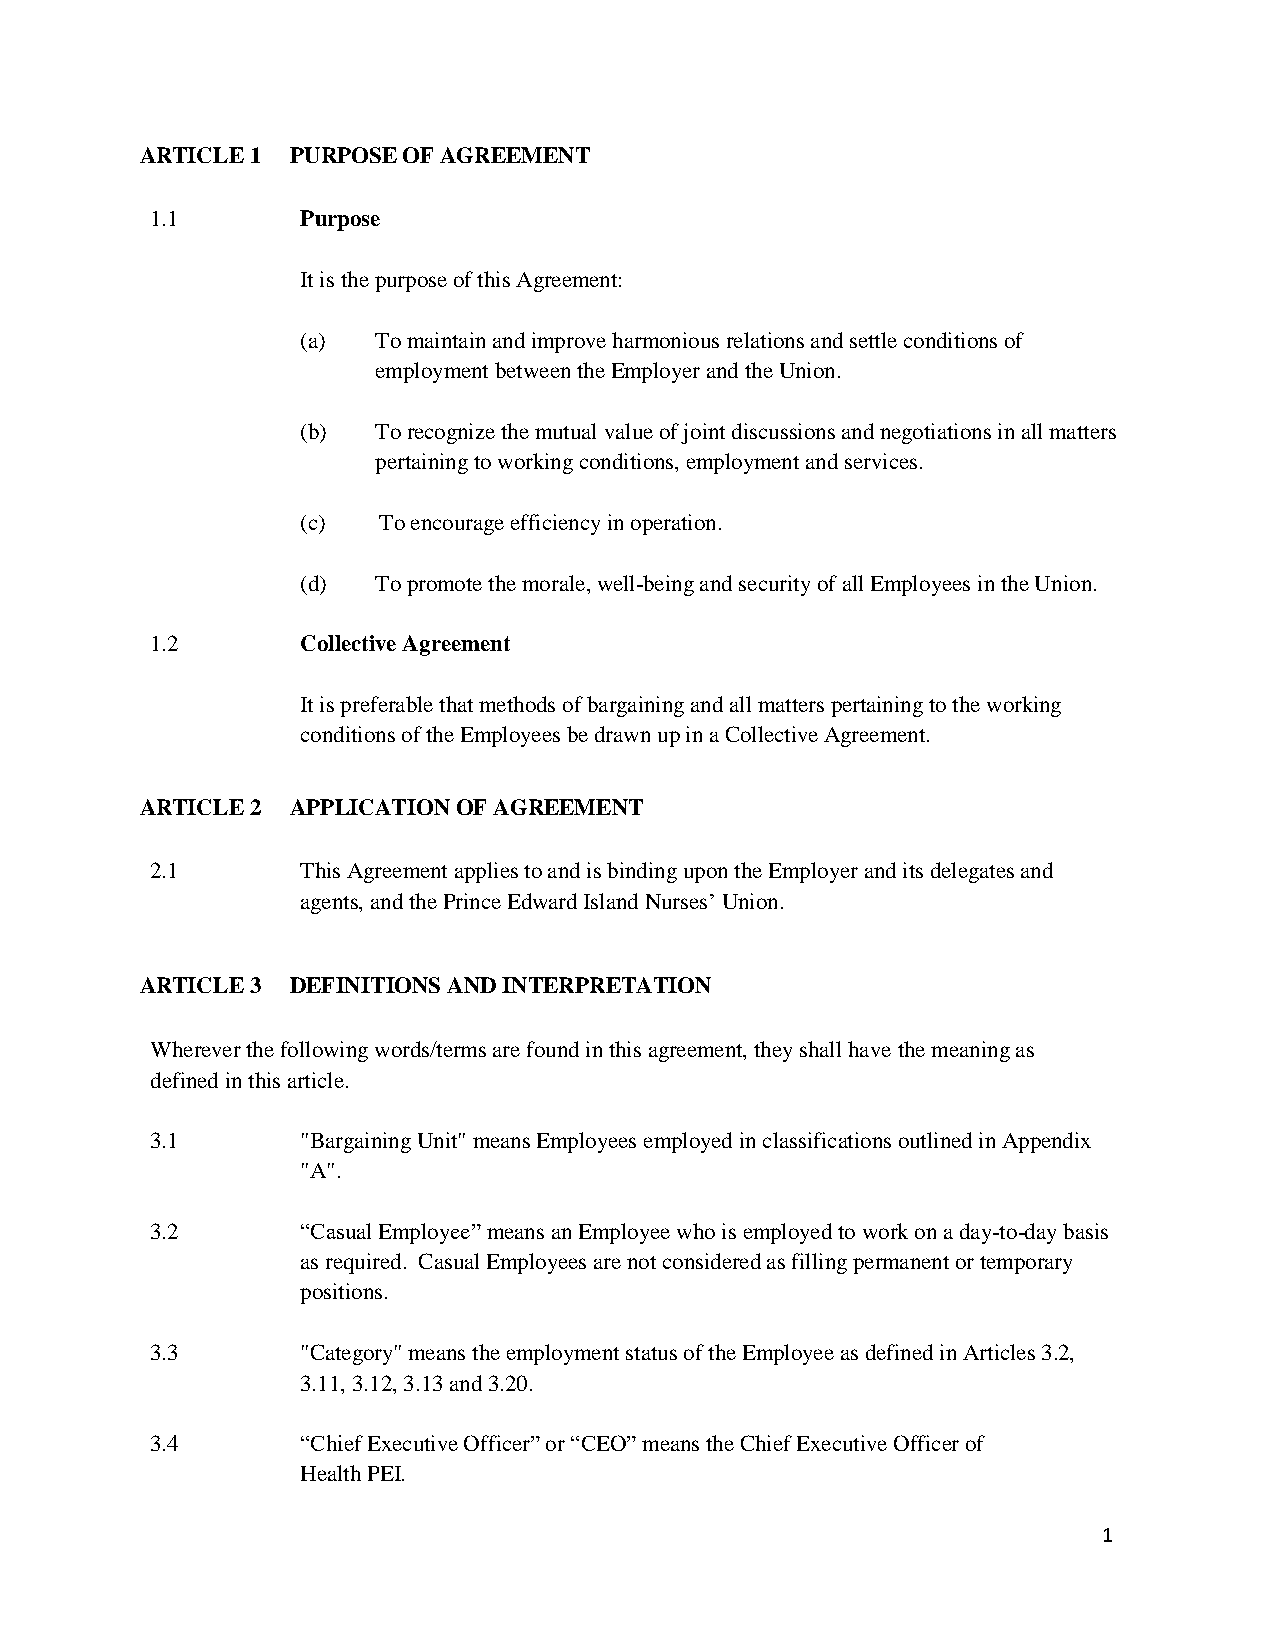
ARTICLE 1 PURPOSE OF AGREEMENT
 1.1       Purpose
 It is the purpose of this Agreement:
 (a)  To maintain and improve harmonious relations and settle conditions of
 employment between the Employer and the Union.
 (b)  To recognize the mutual value of joint discussions and negotiations in all matters
 pertaining to working conditions, employment and services.
 (c)  To encourage efficiency in operation.
 (d)  To promote the morale, well-being and security of all Employees in the Union.
 1.2       Collective Agreement
 It is preferable that methods of bargaining and all matters pertaining to the working
 conditions of the Employees be drawn up in a Collective Agreement.
 ARTICLE 2 APPLICATION OF AGREEMENT
 2.1       This Agreement applies to and is binding upon the Employer and its delegates and
 agents, and the Prince Edward Island Nurses’ Union.
 ARTICLE 3 DEFINITIONS AND INTERPRETATION
 Wherever the following words/terms are found in this agreement, they shall have the meaning as
 defined in this article.
 3.1       "Bargaining Unit" means Employees employed in classifications outlined in Appendix
 "A".
 3.2       “Casual Employee” means an Employee who is employed to work on a day-to-day basis
 as required. Casual Employees are not considered as filling permanent or temporary
 positions.
 3.3       "Category" means the employment status of the Employee as defined in Articles 3.2,
 3.11, 3.12, 3.13 and 3.20.
 3.4       “Chief Executive Officer” or “CEO” means the Chief Executive Officer of
 Health PEI.
 1